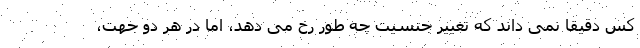
کس دقیقا نمی داند که تغییر جنسیت چه طور رخ می دهد، اما در هر دو جهت،